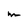
Character: m